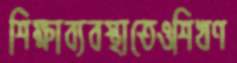
শিক্ষাব্যবস্থাতেওশিখণ